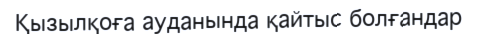
Қызылқоға ауданында қайтыс болғандар